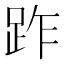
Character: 䟭